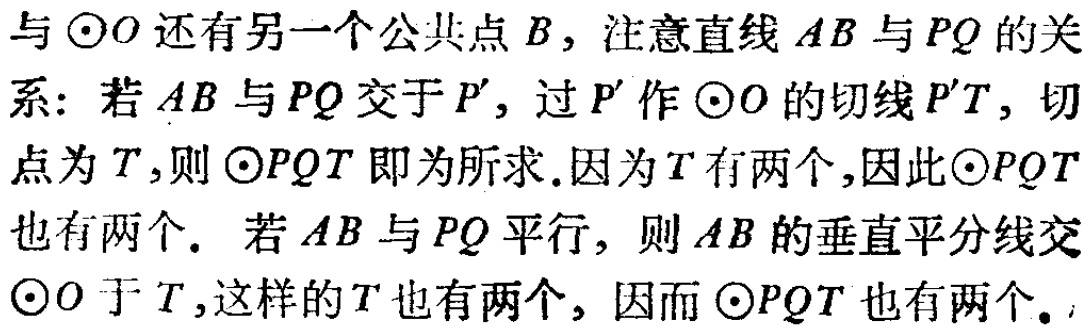
与\(\odot O\)还有另一个公共点\(B\)，注意直线\(AB\)与\(PQ\)的关系：若\(AB\)与\(PQ\)交于\(P'\)，过\(P'\)作\(\odot O\)的切线\(P'T\)，切点为\(T\)，则\(\odot PQT\)即为所求.因为\(T\)有两个,因此\(\odot PQT\)也有两个. 若\(AB\)与\(PQ\)平行，则\(AB\)的垂直平分线交\(\odot O\)于\(T\)，这样的\(T\)也有两个，因而\(\odot PQT\)也有两个。